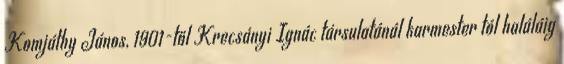
Komjáthy János, 1901-től Krecsányi Ignác társulatánál karmester tól haláláig